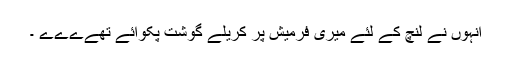
انہوں نے لنچ کے لئے میری فرمیش پر کریلے گوشت پکوائے تھےےےے ۔